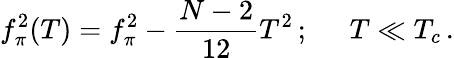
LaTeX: f_{\pi}^{2}(T)=f_{\pi}^{2}-{\frac{N-2}{12}}T^{2}\, ;\; \; \; \; \; T\ll T_{c}\, .